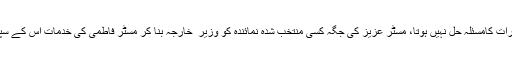
چنانچہ جب تک سول ملٹری اختیارات کامسئلہ حل نہیں ہوتا، مسٹر عزیز کی جگہ کسی منتخب شدہ نمائندہ کو وزیر ِ خارجہ بنا کر مسٹر فاطمی کی خدمات اس کے سپرد کرنے کا کوئی فائدہ نہیں ہوگا۔